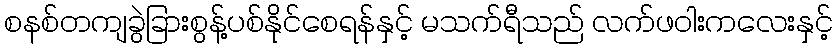
စနစ်တကျခွဲခြားစွန့်ပစ်နိုင်စေရန်နှင့် မသက်ရီသည် လက်ဖဝါးကလေးနှင့်